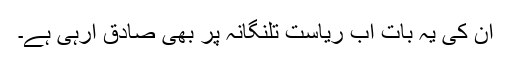
ان کی یہ بات اب ریاست تلنگانہ پر بھی صادق آرہی ہے۔